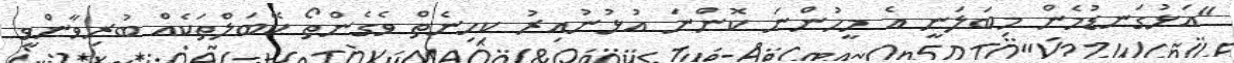
"އަޅުގަނޑުމެން މިބަލަނީ އެ މީހުންނަ ކޮންނަ އުޅުނުއިރު ކިހިނެތް ވެގެންތޯ ކޭބަލްތަކެއް ބުރިވާންވީ